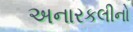
અનારકલીનો